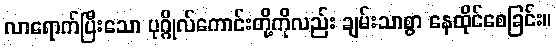
လာရောက်ပြီးသော ပုဂ္ဂိုလ်ကောင်းတို့ကိုလည်း ချမ်းသာစွာ နေထိုင်စေခြင်း။